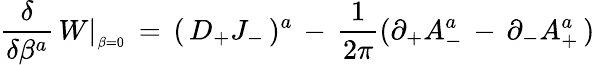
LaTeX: {\frac{\delta}{\delta\beta^{a}}}\, W\vert_{_{\beta=0}}\, =\, (\, D_{+}J_{-}\, )^{a}\, -\, {\frac{1}{2\pi}}(\partial_{+}A_{-}^{a}\, -\, \partial_{-}A_{+}^{a}\, )